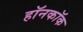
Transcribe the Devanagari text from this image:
हॉनकॉक